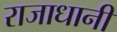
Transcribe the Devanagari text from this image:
राजाधानी